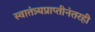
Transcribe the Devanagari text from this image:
स्वातंत्र्यप्राप्तीनंतरही